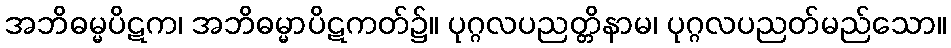
အဘိဓမ္မပိဋက၊ အဘိဓမ္မာပိဋကတ်၌။ ပုဂ္ဂလပညတ္တိနာမ၊ ပုဂ္ဂလပညတ်မည်သော။